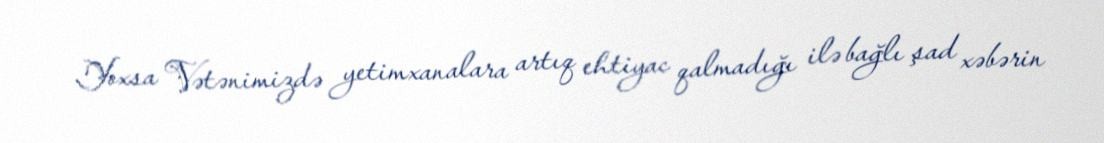
Yoxsa Vətənimizdə yetimxanalara artıq ehtiyac qalmadığı ilə bağlı şad xəbərin